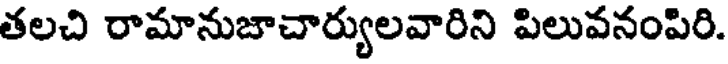
తలచి రామానుజాచార్యులవారిని పిలువనంపిరి.